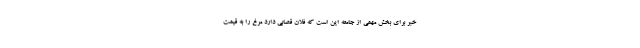
خبر برای بخش مهمی از جامعه این است که فلان قصابی دارد مرغ را به قیمت